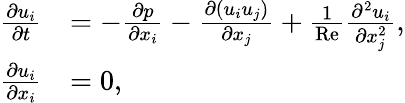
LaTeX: \begin{array}{rl}{\frac{\partial u_{i}}{\partial t}}&{=-\frac{\partial p}{\partial x_{i}}-\frac{\partial(u_{i}u_{j})}{\partial x_{j}}+\frac{1}{\mathrm{Re}}\frac{\partial^{2}u_{i}}{\partial x_{j}^{2}},}\\ {\frac{\partial u_{i}}{\partial x_{i}}}&{=0,}\end{array}